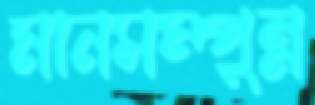
মানসম্পুন্ন